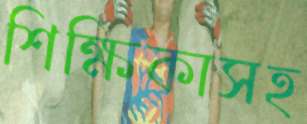
শিক্ষিকাসহ